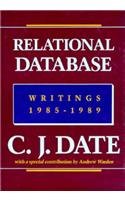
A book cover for Relational Database Writings 1985-1989; Chris J. Date; Computers & Technology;